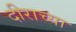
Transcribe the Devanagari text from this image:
दीराच्या